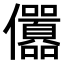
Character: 𠑪